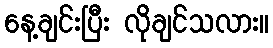
နေ့ချင်းပြီး လိုချင်သလား။